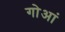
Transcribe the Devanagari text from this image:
गोआं